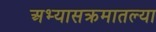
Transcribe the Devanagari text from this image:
अभ्यासक्रमातल्या